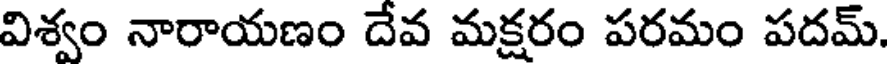
విశ్వం నారాయణం దేవ మక్షరం పరమం పదమ్.